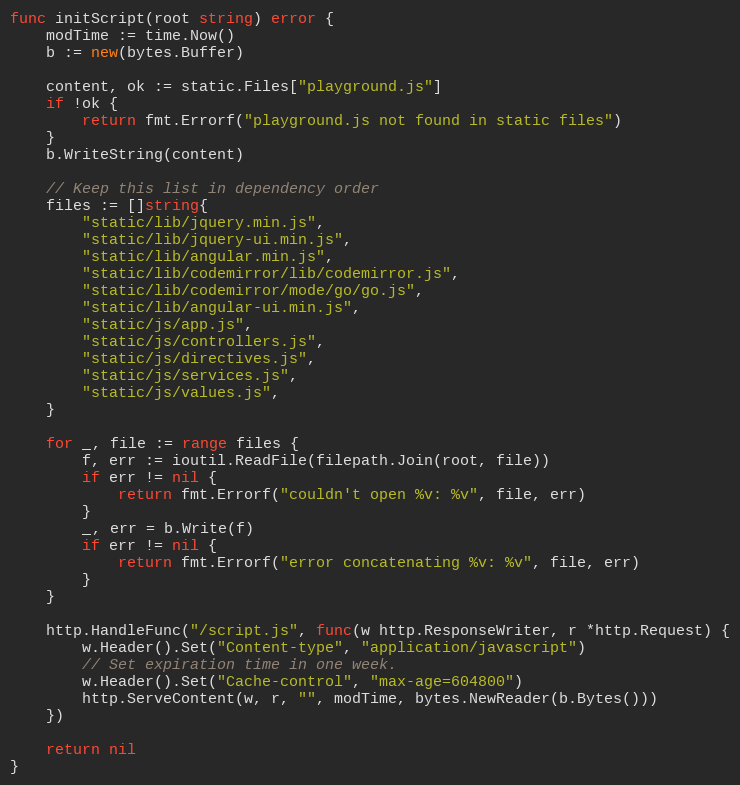
Language: Go
func initScript(root string) error {
	modTime := time.Now()
	b := new(bytes.Buffer)

	content, ok := static.Files["playground.js"]
	if !ok {
		return fmt.Errorf("playground.js not found in static files")
	}
	b.WriteString(content)

	// Keep this list in dependency order
	files := []string{
		"static/lib/jquery.min.js",
		"static/lib/jquery-ui.min.js",
		"static/lib/angular.min.js",
		"static/lib/codemirror/lib/codemirror.js",
		"static/lib/codemirror/mode/go/go.js",
		"static/lib/angular-ui.min.js",
		"static/js/app.js",
		"static/js/controllers.js",
		"static/js/directives.js",
		"static/js/services.js",
		"static/js/values.js",
	}

	for _, file := range files {
		f, err := ioutil.ReadFile(filepath.Join(root, file))
		if err != nil {
			return fmt.Errorf("couldn't open %v: %v", file, err)
		}
		_, err = b.Write(f)
		if err != nil {
			return fmt.Errorf("error concatenating %v: %v", file, err)
		}
	}

	http.HandleFunc("/script.js", func(w http.ResponseWriter, r *http.Request) {
		w.Header().Set("Content-type", "application/javascript")
		// Set expiration time in one week.
		w.Header().Set("Cache-control", "max-age=604800")
		http.ServeContent(w, r, "", modTime, bytes.NewReader(b.Bytes()))
	})

	return nil
}